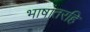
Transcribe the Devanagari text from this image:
भाषांतरहि